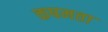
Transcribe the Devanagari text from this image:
कषमता